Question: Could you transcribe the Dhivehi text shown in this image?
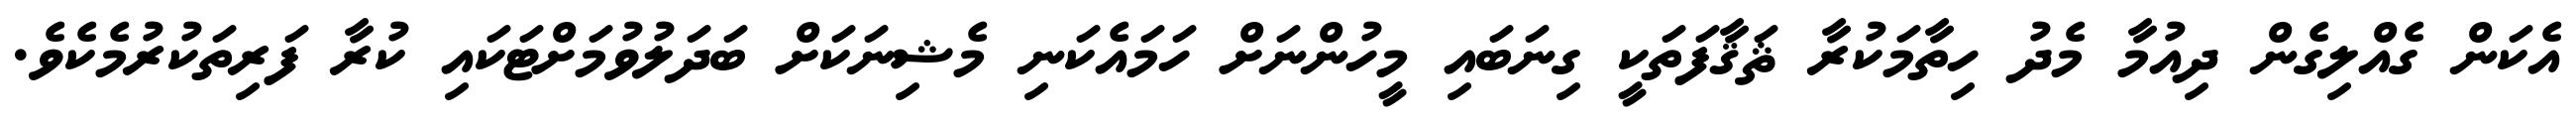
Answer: އެކަން ގެއްލިގެން ދިއުމާ މެދު ހިތާމަކުރާ ޘަޤާފަތަކީ ގިނަބައި މީހުންނަށް ހަމައެކަނި މެޝިނަކަށް ބަދަލުވުމަށްޓަކައި ކުރާ ފަރިތަކުރުމެކެވެ.